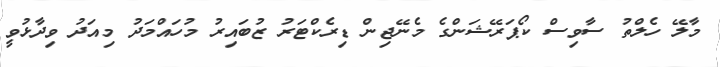
މާލޭ ހެލްތު ސާވިސް ކޯޕަރޭޝަންގެ މެނޭޖިން ޑިރެކްޓަރު ޒުބައިރު މުހައްމަދު މިއަދު ވިދާޅުވީ